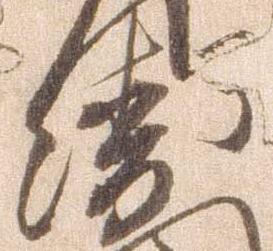
衛